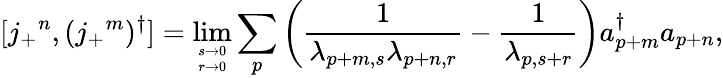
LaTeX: [j_{+}{}^{n},(j_{+}{}^{m})^{\dagger}]=\operatorname*{lim}_{s\to 0\atop r\to 0}\sum_{p}\left(\frac{1}{\lambda_{p+m,s}\lambda_{p+n,r}}-\frac{1}{\lambda_{p,s+r}}\right)a_{p+m}^{\dagger}a_{p+n},